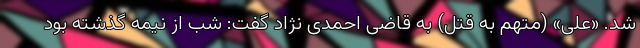
شد. «علی» (متهم به قتل) به قاضی احمدی نژاد گفت: شب از نیمه گذشته بود